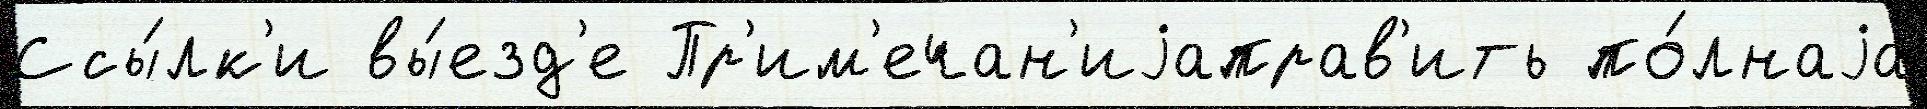
Ссы́лк'и вы́езд'е Пр'им'ечан'иjаправ'ить по́лнаjа